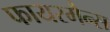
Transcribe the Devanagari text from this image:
फायरमैन्स